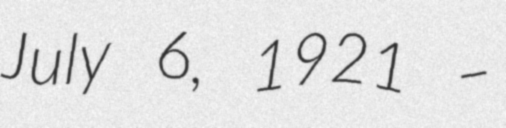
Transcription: July 6, 1921 –